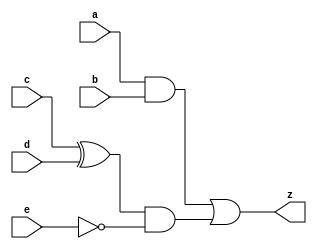
module combo ( input a, b, c, d, e, 
 output reg z); 
 
  always @ ( a or b or c or d or e) begin 
 z = ((a & b) | (c ^ d) & ~e); 
 end 
   endmodule